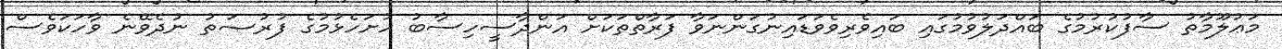
މަޢުލޫމާތު ސާފުކުރުމުގެ ބައްދަލުވުމުގައި ބައިވެރިވެވަޑައިނުގަންނަވާ ފަރާތްތަކަށް އަންދާސީހިސާބު ހުށަހެޅުމުގެ ފުރުޞަތު ނުދެވޭނެ ވާހަކަވެސް